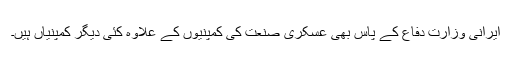
ایرانی وزارت دفاع کے پاس بھی عسکری صنعت کی کمپنیوں کے علاوہ کئی دیگر کمپنیاں ہیں۔